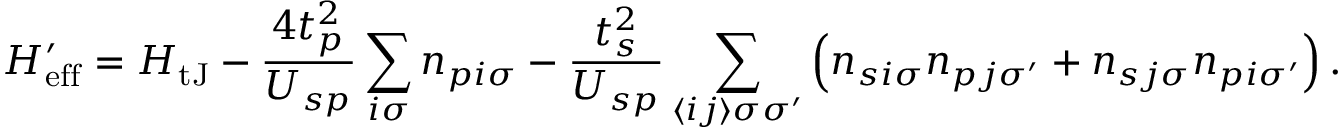
H _ { \mathrm { e f f } } ^ { \prime } = H _ { \mathrm { t J } } - \frac { 4 t _ { p } ^ { 2 } } { U _ { s p } } \sum _ { i \sigma } n _ { p i \sigma } - \frac { t _ { s } ^ { 2 } } { U _ { s p } } \sum _ { \langle i j \rangle \sigma \sigma ^ { \prime } } \left( n _ { s i \sigma } n _ { p j \sigma ^ { \prime } } + n _ { s j \sigma } n _ { p i \sigma ^ { \prime } } \right) .